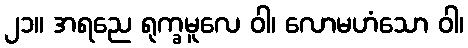
၂၁။ အရညေ ရုက္ခမူလေ ဝါ၊ လောမဟံသော ဝါ၊